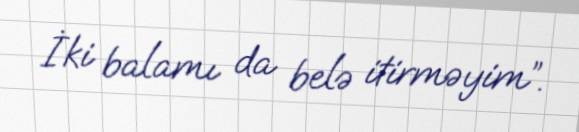
İki balamı da belə itirməyim”.